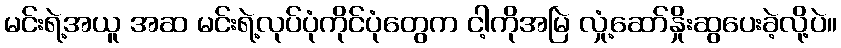
မင်းရဲ့အယူ အဆ မင်းရဲ့လုပ်ပုံကိုင်ပုံတွေက ငါ့ကိုအမြဲ လှုံ့ဆော်နှိုးဆွပေးခဲ့လို့ပဲ။